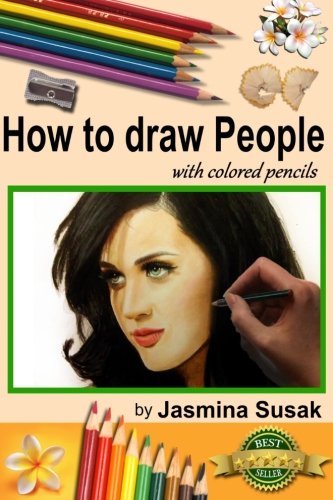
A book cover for How to draw People: with colored pencils; Jasmina Susak; Arts & Photography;